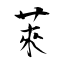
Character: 萊